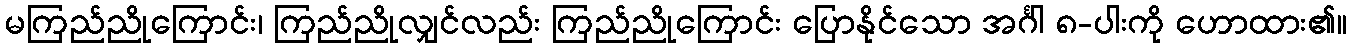
မကြည်ညိုကြောင်း၊ ကြည်ညိုလျှင်လည်း ကြည်ညိုကြောင်း ပြောနိုင်သော အင်္ဂါ ၈-ပါးကို ဟောထား၏။